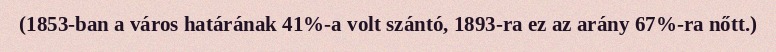
(1853-ban a város határának 41%-a volt szántó, 1893-ra ez az arány 67%-ra nőtt.)